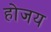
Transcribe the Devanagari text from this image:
होजय